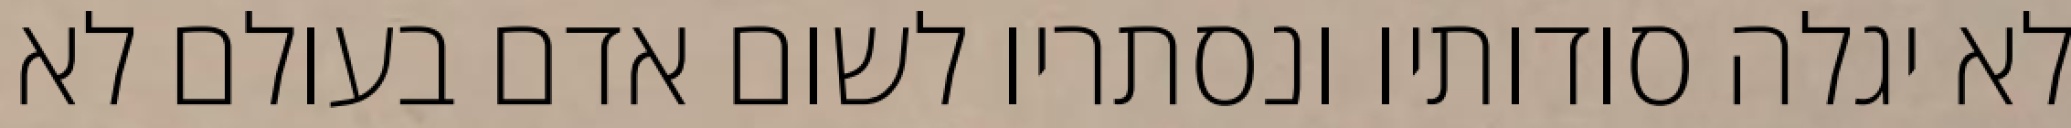
לא יגלה סודותיו ונסתריו לשום אדם בעולם לא